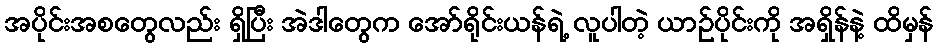
အပိုင်းအစတွေလည်း ရှိပြီး အဲဒါတွေက အော်ရိုင်းယန်ရဲ့ လူပါတဲ့ ယာဉ်ပိုင်းကို အရှိန်နဲ့ ထိမှန်